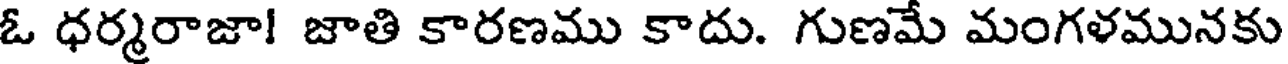
ఓ ధర్మరాజా! జాతి కారణము కాదు. గుణమే మంగళమునకు